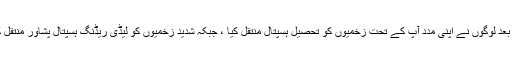
دھماکے کے بعد لوگوں نے اپنی مدد آپ کے تحت زخمیوں کو تحصیل ہسپتال منتقل کیا ، جبکہ شدید زخمیوں کو لیڈی ریڈنگ ہسپتال پشاور منتقل کردیا گیا ہے۔